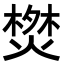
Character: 𭫬